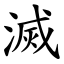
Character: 滅